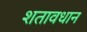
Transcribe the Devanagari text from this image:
शतावधान